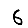
Digit: 6